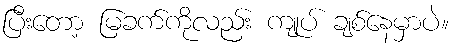
ပြီးတော့ မြခက်ကိုလည်း ကျုပ် ချစ်နေမှာပဲ။